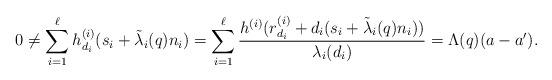
LaTeX: \begin{align*}0\neq \sum_{i=1}^{\ell} h^{(i)}_{d_i}(s_i+\tilde{\lambda}_i(q)n_i)=\sum_{i=1}^{\ell}\frac{h^{(i)}(r_{d_i}^{(i)}+d_i(s_i+\tilde{\lambda}_i(q)n_i))}{\lambda_i(d_i)}=\Lambda(q)(a-a').\end{align*}